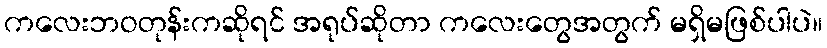
ကလေးဘဝတုန်းကဆိုရင် အရုပ်ဆိုတာ ကလေးတွေအတွက် မရှိမဖြစ်ပါပဲ။